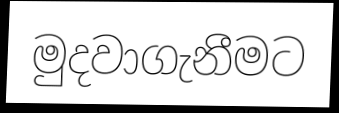
මුදවාගැනීමට